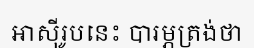
អាស៊ីរូបនេះ បារម្ភត្រង់ថា